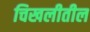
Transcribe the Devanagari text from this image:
चिखलीतील